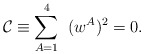
\begin{align*}\mathcal{C} \equiv \sum_{A=1}^{4}\;\; (w^A)^2 =0.\end{align*}